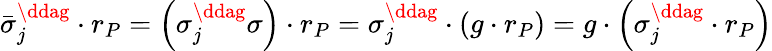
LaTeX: \bar{\sigma}_{j}^{\ddag}\cdot r_{P}=\left(\sigma_{j}^{\ddag}\sigma\right)\cdot r_{P}=\sigma_{j}^{\ddag}\cdot\left(g\cdot r_{P}\right)=g\cdot\left(\sigma_{j}^{\ddag}\cdot r_{P}\right)